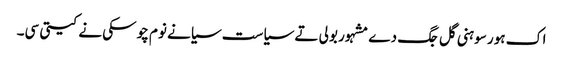
اک ہور سوہنی گل جگ دے مشہور بولی تے سیاست سیانے نوم چوسکی نے کیتی سی۔